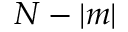
N - | m |